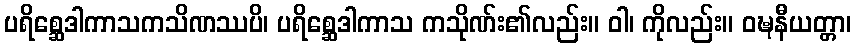
ပရိစ္ဆေဒါကာသကသိဏဿပိ၊ ပရိစ္ဆေဒါကာသ ကသိုဏ်း၏လည်း။ ဝါ၊ ကိုလည်း။ ဝဍ္ဎနီယတ္တာ၊